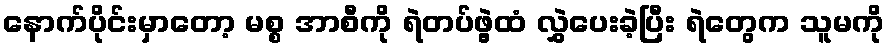
နောက်ပိုင်းမှာတော့ မစ္စ အာစီကို ရဲတပ်ဖွဲ့ထံ လွှဲပေးခဲ့ပြီး ရဲတွေက သူမကို